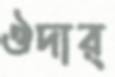
ঔদার্